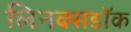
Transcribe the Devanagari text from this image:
लिनक्सडॉक